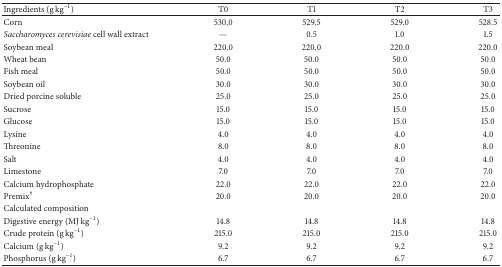
<table><thead><tr><td><b>Ingredients (g kg<sup>−1</sup>)</b></td><td><b>T0</b></td><td><b>T1</b></td><td><b>T2</b></td><td><b>T3</b></td></tr></thead><tbody><tr><td>Corn</td><td>530.0</td><td>529.5</td><td>529.0</td><td>528.5</td></tr><tr><td><i>Saccharomyces cerevisiae</i> cell wall extract</td><td>—</td><td>0.5</td><td>1.0</td><td>1.5</td></tr><tr><td>Soybean meal</td><td>220.0</td><td>220.0</td><td>220.0</td><td>220.0</td></tr><tr><td>Wheat bean</td><td>50.0</td><td>50.0</td><td>50.0</td><td>50.0</td></tr><tr><td>Fish meal</td><td>50.0</td><td>50.0</td><td>50.0</td><td>50.0</td></tr><tr><td>Soybean oil</td><td>30.0</td><td>30.0</td><td>30.0</td><td>30.0</td></tr><tr><td>Dried porcine soluble</td><td>25.0</td><td>25.0</td><td>25.0</td><td>25.0</td></tr><tr><td>Sucrose</td><td>15.0</td><td>15.0</td><td>15.0</td><td>15.0</td></tr><tr><td>Glucose</td><td>15.0</td><td>15.0</td><td>15.0</td><td>15.0</td></tr><tr><td>Lysine</td><td>4.0</td><td>4.0</td><td>4.0</td><td>4.0</td></tr><tr><td>Threonine</td><td>8.0</td><td>8.0</td><td>8.0</td><td>8.0</td></tr><tr><td>Salt</td><td>4.0</td><td>4.0</td><td>4.0</td><td>4.0</td></tr><tr><td>Limestone</td><td>7.0</td><td>7.0</td><td>7.0</td><td>7.0</td></tr><tr><td>Calcium hydrophosphate</td><td>22.0</td><td>22.0</td><td>22.0</td><td>22.0</td></tr><tr><td>Premix<sup>†</sup></td><td>20.0</td><td>20.0</td><td>20.0</td><td>20.0</td></tr><tr><td>Calculated composition</td><td> </td><td> </td><td> </td><td> </td></tr><tr><td>Digestive energy (MJ kg<sup>−1</sup>)</td><td>14.8</td><td>14.8</td><td>14.8</td><td>14.8</td></tr><tr><td>Crude protein (g kg<sup>−1</sup>)</td><td>215.0</td><td>215.0</td><td>215.0</td><td>215.0</td></tr><tr><td>Calcium (g kg<sup>−1</sup>)</td><td>9.2</td><td>9.2</td><td>9.2</td><td>9.2</td></tr><tr><td>Phosphorus (g kg<sup>−1</sup>)</td><td>6.7</td><td>6.7</td><td>6.7</td><td>6.7</td></tr></tbody></table>